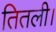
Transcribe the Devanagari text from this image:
तितली।